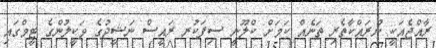
ރާއްޖެއަކީ ނުރައްކާތެރި ތަނެއް ކަމަށް ކްލޫނީ ސިފަކުރ ރައީސް ނަޝީދުގެ ވަކީލުންގެ ޓީމްގައި